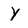
Character: Y